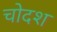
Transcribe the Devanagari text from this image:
चोदश